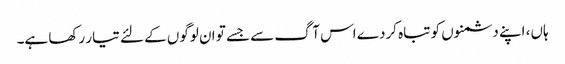
ہاں، اپنے دشمنوں کو تباہ کردے اس آگ سے جسے تو ان لوگوں کے لئے تیار رکھا ہے۔